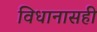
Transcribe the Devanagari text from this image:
विधानासही